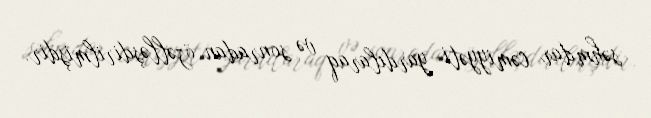
səhmdar cəmiyyəti yardılaraq və sonradan özəlləşdirilmişdir.